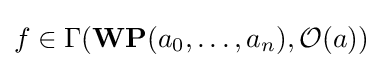
f\in \Gamma ({\textbf {WP}}(a_{0},\ldots ,a_{n}),{\mathcal {O}}(a))